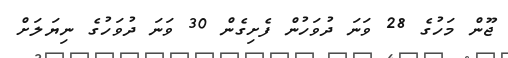
ޖޫން މަހުގެ 28 ވަނަ ދުވަހުން ފެށިގެން 30 ވަނަ ދުވަހުގެ ނިޔަލަށް